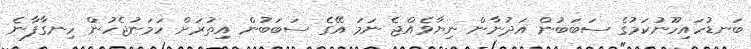
ބަނޑުހައިހޫނުކަމުގެ ސަބަބުން އަދުނާން ނިޔާވެއްޖެ ނަަމަ އޭގެ ސަބަބުން އިތުރަށް ހަމަނުޖެހުން ހިނގާފާނެ